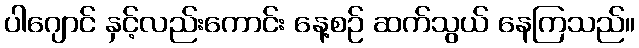
ပါဂျောင် နှင့်လည်းကောင်း နေ့စဉ် ဆက်သွယ် နေကြသည်။